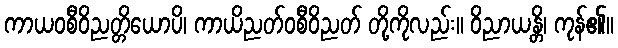
ကာယဝစီဝိညတ္တိယောပိ၊ ကာယိညတ်ဝစီဝိညတ် တို့ကိုလည်း။ ဝိညာယန္တိ၊ ကုန်၏။